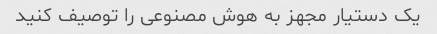
یک دستیار مجهز به هوش مصنوعی را توصیف کنید